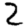
Digit: 2